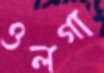
ওলগা